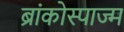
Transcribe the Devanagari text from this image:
ब्रांकोस्पाज्म